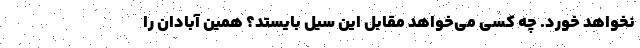
نخواهد خورد. چه کسی می‌خواهد مقابل این سیل بایستد؟ همین آبادان را